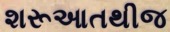
શરૂઆતથીજ